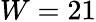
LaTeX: W=21